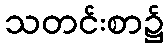
သတင်းစာ၌